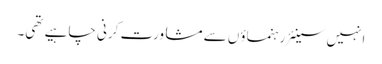
انہیں سینئر رہنماؤں سے مشاورت کرنی چاہیے تھی۔